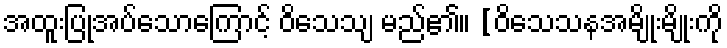
အထူးပြုအပ်သောကြောင့် ဝိသေသျ မည်၏။ [ဝိသေသနအမျိုးမျိုးကို